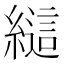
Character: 𰫲